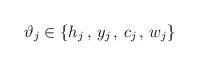
LaTeX: \begin{align*}\vartheta _{j}\in \{h_{j}\, ,\, y_{j}\, ,\, c_{j}\, ,\, w_{j}\}\end{align*}